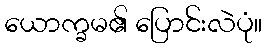
ယောက္ခမ၏ ပြောင်းလဲပုံ။